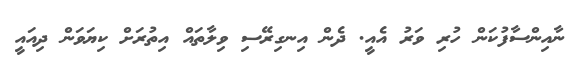
ނާއިންސާފުކަން ހުރި ވަރު އެއީ. ދެން އިނގިރޭސި ވިލާތައް އިތުރަށް ކިޔަވަން ދިއައީ